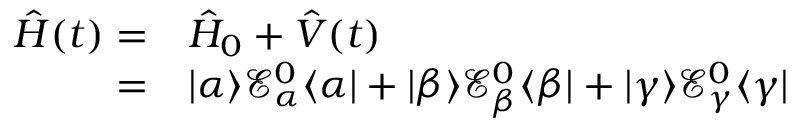
\begin{array} { r l } { \hat { H } ( t ) = } & { { } \hat { H } _ { 0 } + \hat { V } ( t ) } \\ { = } & { { } | \alpha \rangle \mathcal { E } _ { \alpha } ^ { 0 } \langle \alpha | + | \beta \rangle \mathcal { E } _ { \beta } ^ { 0 } \langle \beta | + | \gamma \rangle \mathcal { E } _ { \gamma } ^ { 0 } \langle \gamma | } \end{array}